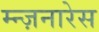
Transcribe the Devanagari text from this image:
म्न्ज़नारेस